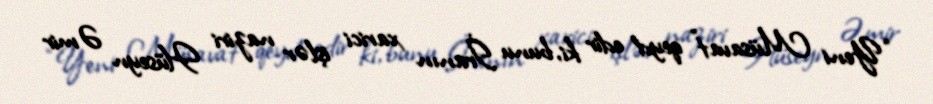
“Yeni Müsavat” qeyd edir ki, bunu İranın xarici işlər naziri Hüseyn Əmir